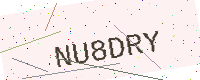
Text: NU8DRY